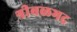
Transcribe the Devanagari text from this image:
श्रीबळभद्र